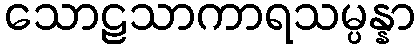
သောဠသာကာရသမ္ပန္နာ